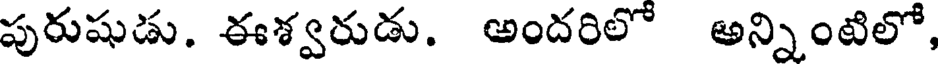
పురుషుడు. ఈశ్వరుడు. అందరిలో అన్నింటిలో,